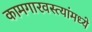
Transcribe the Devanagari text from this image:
कामगारवस्त्यांमध्ये